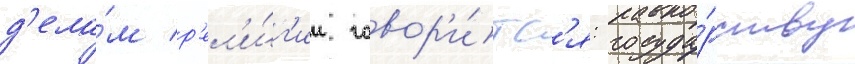
д'ела́м р'ел'и́г'ии говор'и́тс'я: госуда́рству